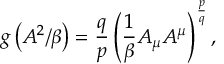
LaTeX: g \left( A ^ { 2 } / \beta \right) = \frac { q } { p } \left( \frac { 1 } { \beta } A _ { \mu } A ^ { \mu } \right) ^ { \frac { p } { q } } ,